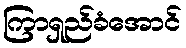
ကြာရှည်ခံအောင်